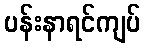
ပန်းနာရင်ကျပ်